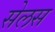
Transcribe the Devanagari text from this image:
सेलस